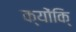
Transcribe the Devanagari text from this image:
क्योंकि्